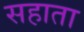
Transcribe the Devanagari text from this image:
सहाता